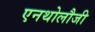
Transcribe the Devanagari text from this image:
एनथोलौजी